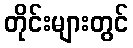
တိုင်းများတွင်